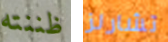
ظننته تشارلز